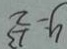
y = \frac { 1 3 } { 2 }